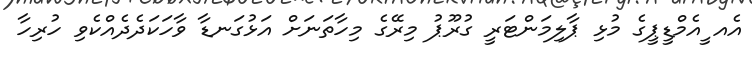
އެއ ީއެމްޑީޕީގެ މުޅި ޕާލިމަންޓަރީ ގުރޫޕު މިރޭގެ މިހާތަނަށް އަޅުގަނޑާ ވާހަކަދެދެއްކެވި ހުރިހާ